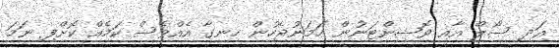
އަދި ސޯލް އާއި ވޮޝިންޓަނުން ހަމަނުޖެހުން ހިނގާ އެއްވެސް ކަމެއް ކޮށްފި ނަމަ